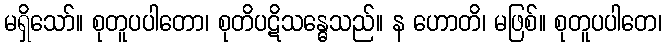
မရှိသော်။ စုတူပပါတော၊ စုတိပဋိသန္ဓေသည်။ န ဟောတိ၊ မဖြစ်။ စုတူပပါတေ၊